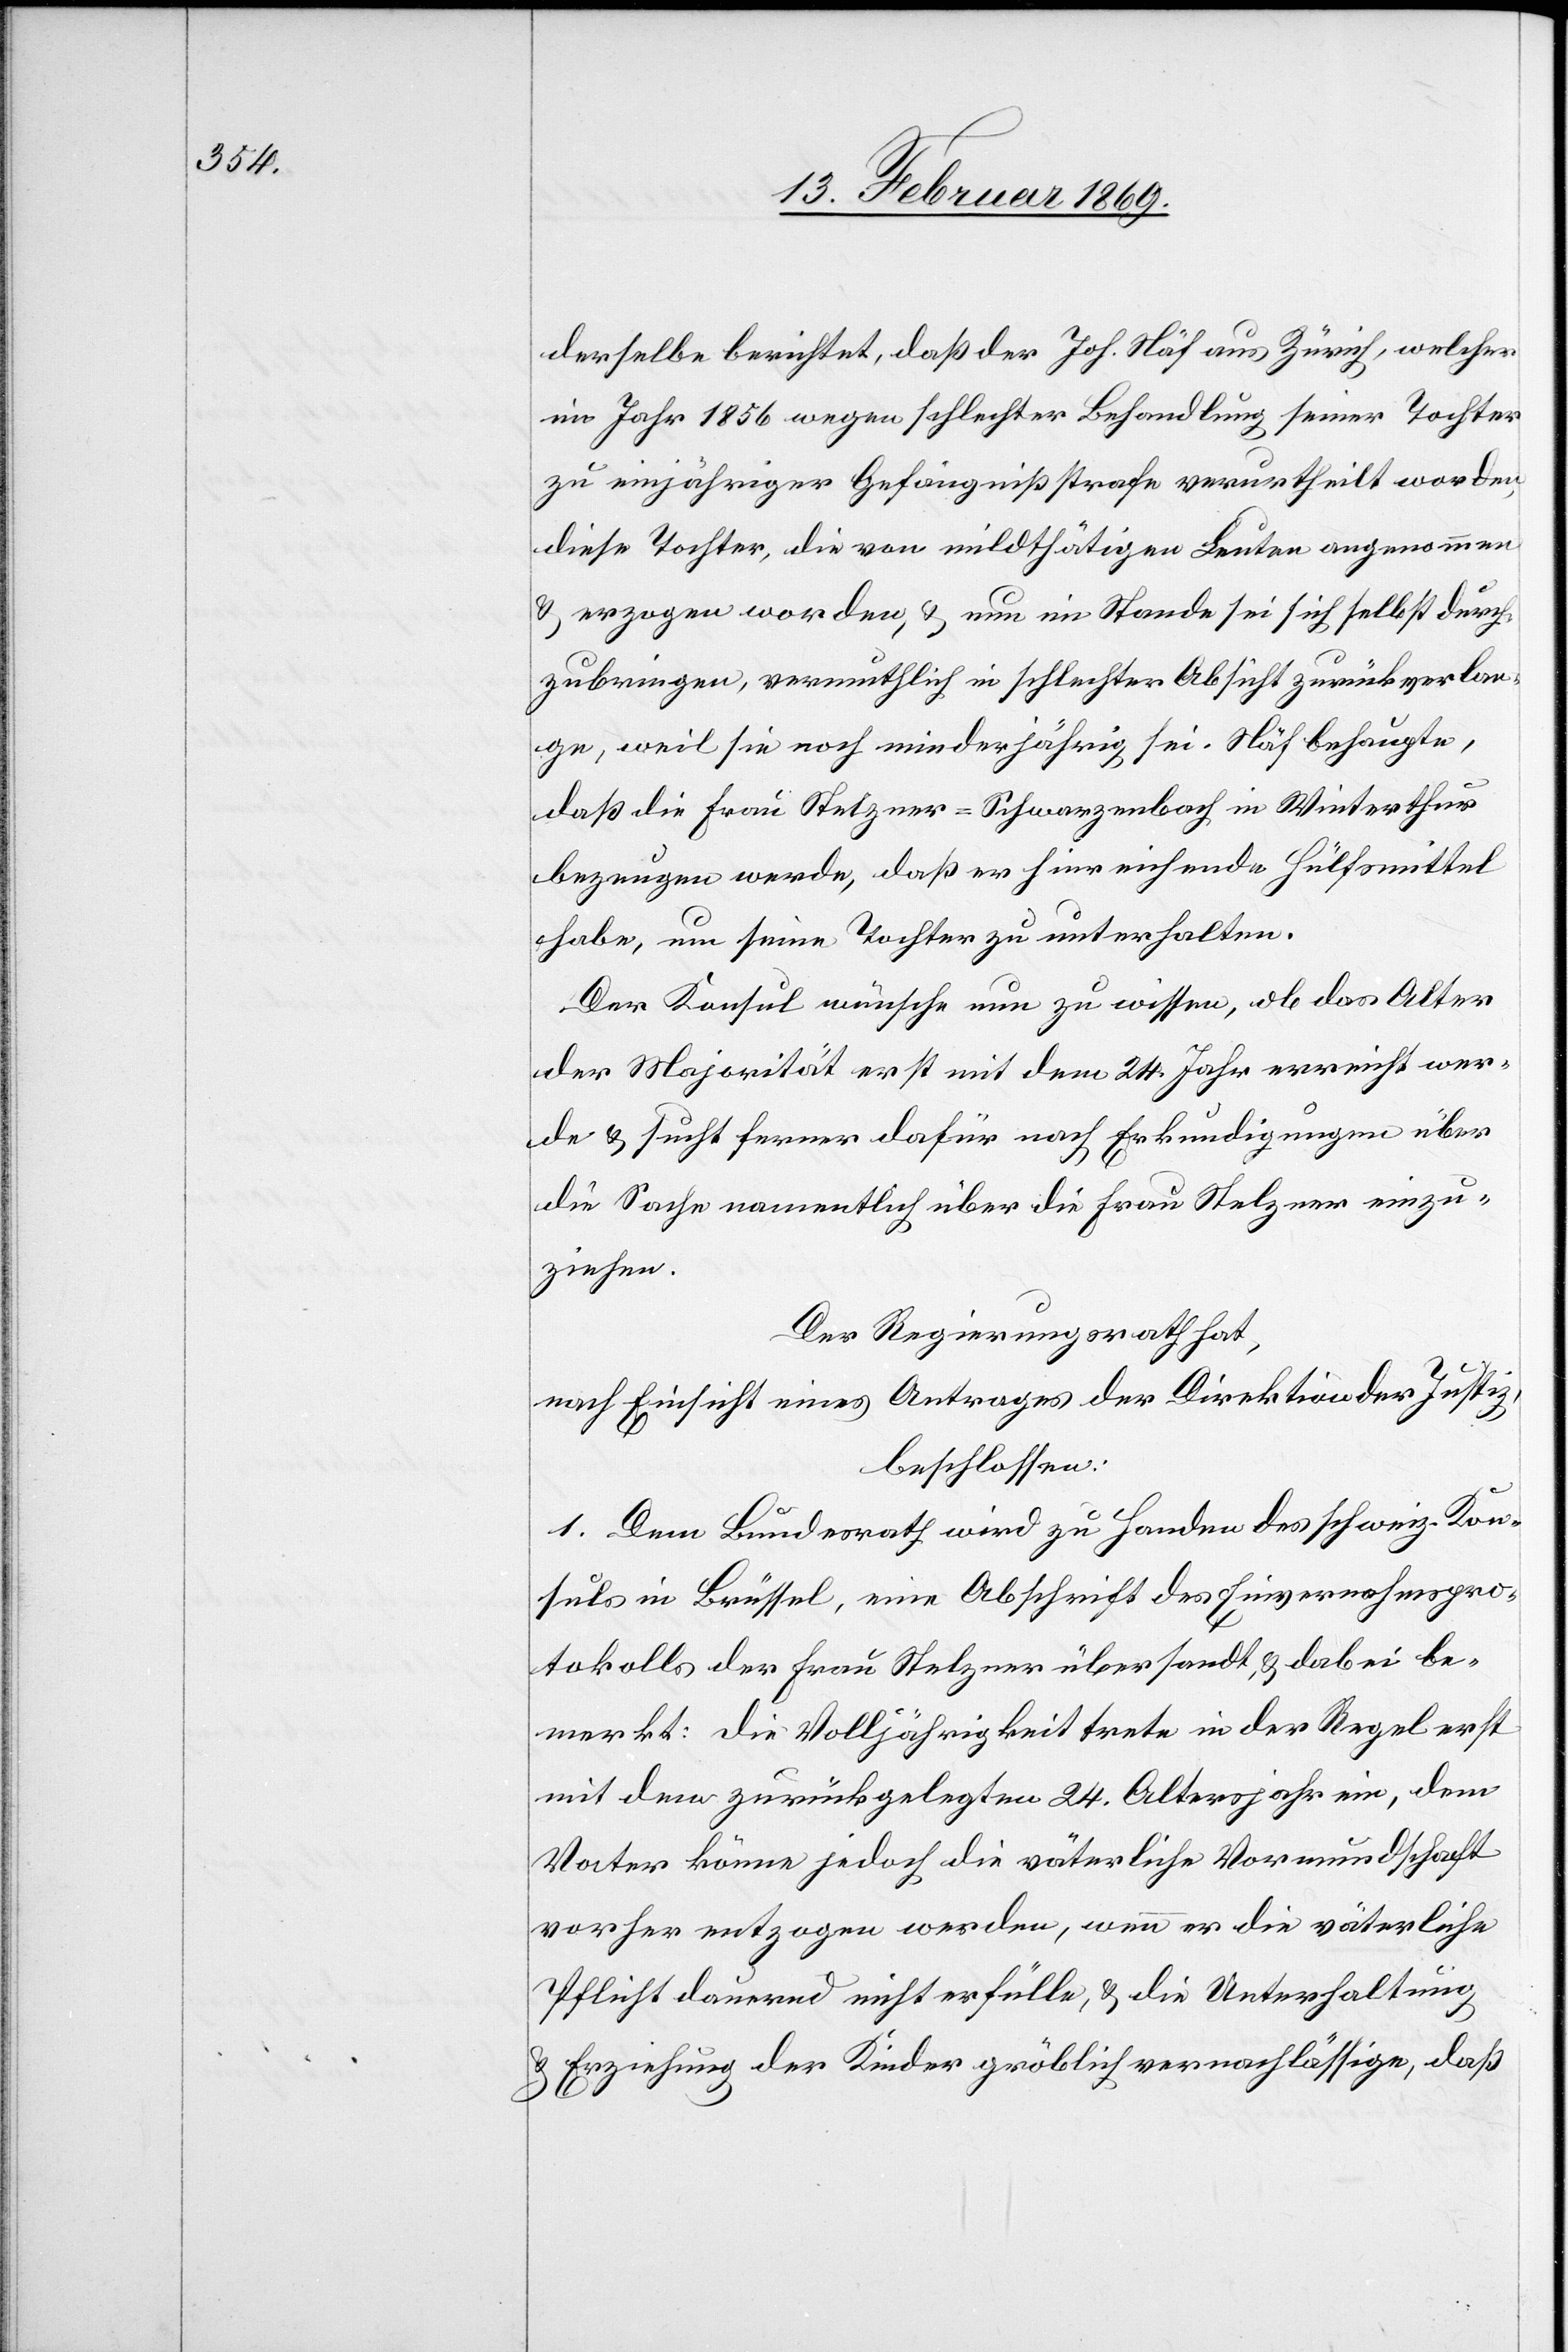
derselbe berichtet, daß der Joh. Näf aus Zürich, welcher
im Jahr 1856 wegen schlechter Behandlung seiner Tochter
zu einjähriger Gefängnißstrafe verurtheilt worden,
diese Tochter, die von mildthätigen Leuten angenommen
u. erzogen worden, u. nun im Stande sei sich selbst durch¬
zubringen, vermutlich in schlechter Absicht zurückverlan¬
ge, weil sie noch minderjährig sei. Näf behaupte,
daß die Frau Stelzner-Schwarzenbach in Winterthur
bezeugen werde, daß er hinreichende Hülfsmittel
habe, um seine Tochter zu unterhalten.
Der Konsul wünsche nun zu wissen, ob das Alter
der Majorität erst mit dem 24. Jahr erreicht wer¬
de u. sucht ferner dafür nach Erkundigungen über
die Sache namentlich über die Frau Stelzner einzu¬
ziehen.
Der Regierungsrath hat,
nach Einsicht eines Antrages der Direktion der Justiz,
beschlossen:
1. Dem Bundesrath wird zu Handen des schweiz. Kon¬
suls in Brüssel, eine Abschrift des Einvernahmspro¬
tokolls der Frau Stelzner übersandt, u. dabei be¬
merkt: Die Volljährigkeit trete in der Regel erst
mit dem zurückgelegten 24. Altersjahr ein, dem
Vater könne jedoch die väterliche Vormundschaft
vorher entzogen werden, wenn er die väterliche
Pflicht dauernd nicht erfülle, u. die Unterhaltung
u. Erziehung der Kinder gröblich vernachlässige, daß